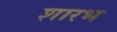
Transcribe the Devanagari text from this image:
शारभ